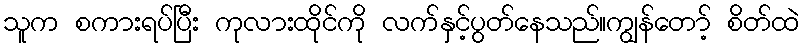
သူက စကားရပ်ပြီး ကုလားထိုင်ကို လက်နှင့်ပွတ်နေသည်။ကျွန်တော့် စိတ်ထဲ